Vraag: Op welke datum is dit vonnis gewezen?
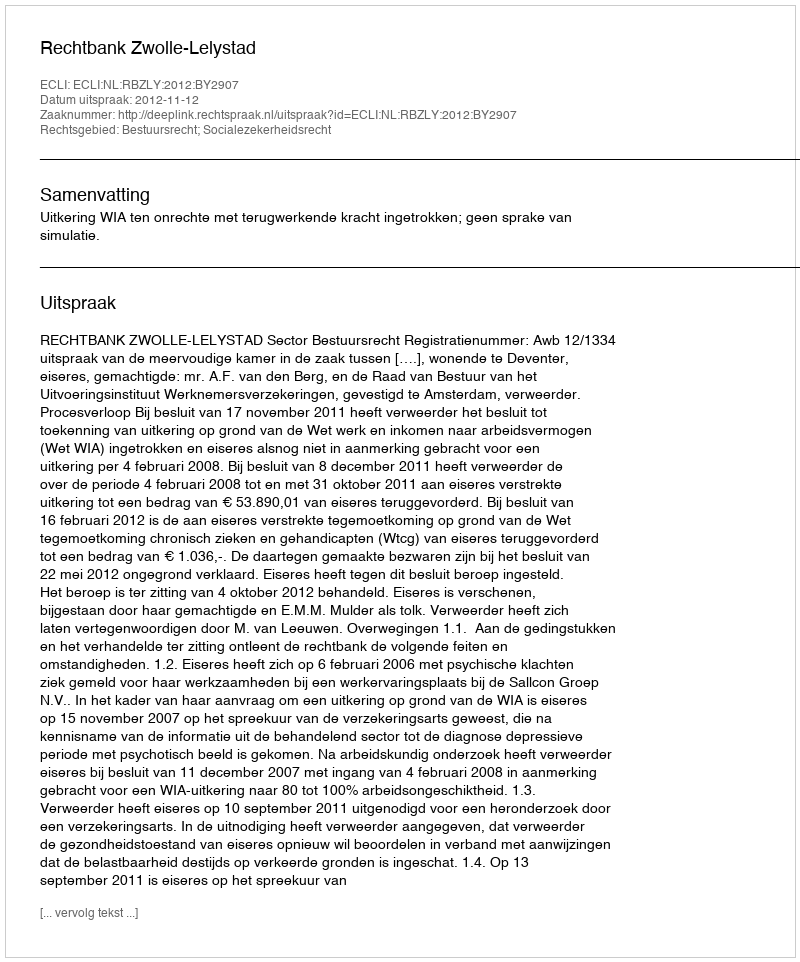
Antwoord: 2012-11-12